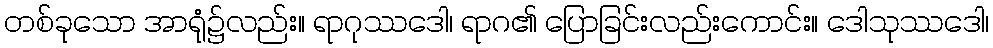
တစ်ခုသော အာရုံ၌လည်း။ ရာဂုဿဒေါ၊ ရာဂ၏ ပြောခြင်းလည်းကောင်း။ ဒေါသုဿဒေါ၊